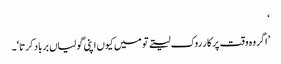
‘
’اگر وہ وقت پر کار روک لیتے تو میں کیوں اپنی گولیاں برباد کرتا‘۔